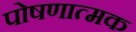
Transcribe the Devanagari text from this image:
पोषणात्मक